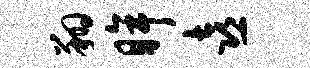
翔眸喜